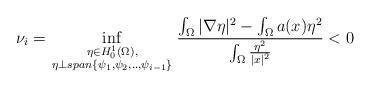
LaTeX: \begin{align*}\nu_i=\inf_{\scriptstyle\eta\in H^1_0(\Omega) ,\atop\scriptstyle\eta\perp span\left\{\psi_1,\psi_2,..,\psi_{i-1}\right\}}\frac{\int_\Omega|\nabla\eta|^2-\int_\Omega a(x)\eta^2}{\int_\Omega \frac{\eta^2}{|x|^2}}<0\end{align*}